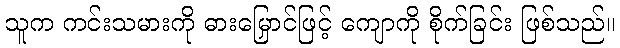
သူက ကင်းသမားကို ဓားမြှောင်ဖြင့် ကျောကို စိုက်ခြင်း ဖြစ်သည်။